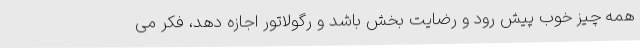
همه چیز خوب پیش رود و رضایت بخش باشد و رگولاتور اجازه دهد، فکر می